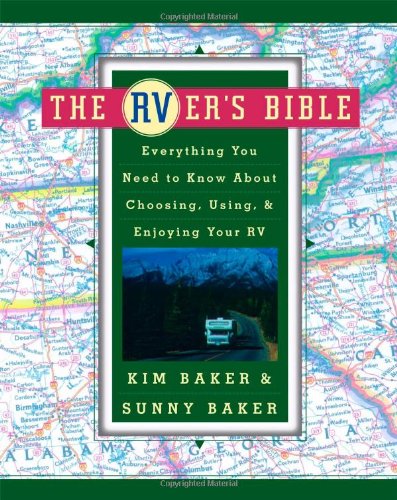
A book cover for The RVer's Bible: Everything You Need to Know About Choosing, Using, & Enjoying Your RV; Kim Baker; Travel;